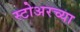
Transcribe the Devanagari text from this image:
स्टोअरच्या